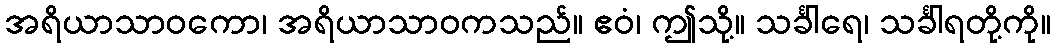
အရိယာသာဝကော၊ အရိယာသာဝကသည်။ ဧဝံ၊ ဤသို့။ သင်္ခါရေ၊ သင်္ခါရတို့ကို။